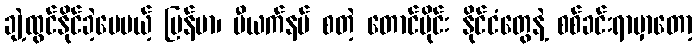
ချဲ့ထွင်နိုင်ခဲ့ပေမယ့် မြန်မာ၊ ဗီယက်နမ် စတဲ့ တောင်ပိုင်း နိုင်ငံတွေနဲ့ စစ်ခင်းရာမှာတော့